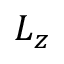
L _ { z }